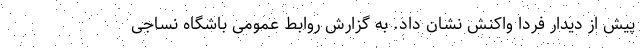
پیش از دیدار فردا واکنش نشان داد. به گزارش روابط عمومی باشگاه نساجی